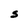
Character: S